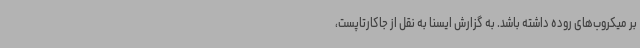
بر میکروب‌های روده داشته باشد. به گزارش ایسنا به نقل از جاکارتاپست،